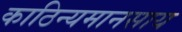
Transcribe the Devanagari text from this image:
काठिन्यमानसाय